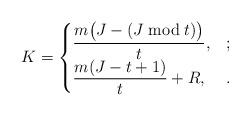
LaTeX: \begin{align*} K=\begin{cases}\displaystyle\frac{m\bigl(J-(J\bmod t)\bigr)}{t}, & ;\\ \displaystyle\frac{m(J-t+1)}{t}+R,& .\end{cases}\end{align*}